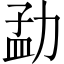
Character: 勐